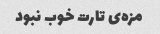
مزه‌ی تارت خوب نبود